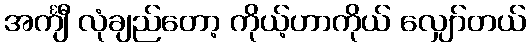
အင်္ကျီ လုံချည်တော့ ကိုယ့်ဟာကိုယ် လျှော်တယ်